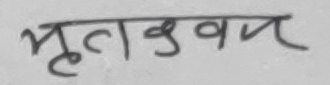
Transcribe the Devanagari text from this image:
भृतक्वन्